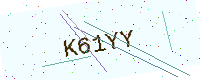
Text: K61YY